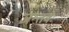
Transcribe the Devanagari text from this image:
जन्तवः